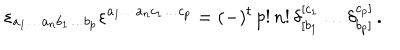
\varepsilon _ { a _ { 1 } \ldots a _ { n } b _ { 1 } \ldots b _ { p } } \varepsilon ^ { a _ { 1 } \ldots a _ { n } c _ { 1 } \ldots c _ { p } } = ( - ) ^ { t } \, p ! \, n ! \, \delta _ { [ b _ { 1 } } ^ { [ c _ { 1 } } \ldots \delta _ { b _ { p } ] } ^ { c _ { p } ] } \, .